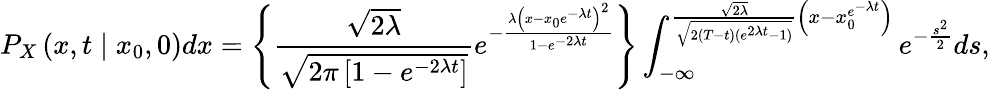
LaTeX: P_{X}\left(x,t\mid x_{0},0\right)dx=\left\{ \frac{\sqrt{2\lambda}}{\sqrt{2\pi\left[1-e^{-2\lambda t}\right]}}e^{-\frac{\lambda\left(x-x_{0}e^{-\lambda t}\right)^{2}}{1-e^{-2\lambda t}}}\right\} \int_{-\infty}^{\frac{\sqrt{2\lambda}}{\sqrt{2(T-t)(e^{2\lambda t}-1)}}\left(x-x_{0}^{e^{-\lambda t}}\right)}e^{-\frac{s^{2}}{2}}ds,